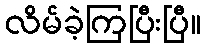
လိမ်ခဲ့ကြပြီးပြီ။